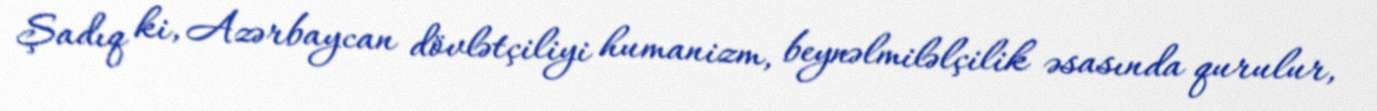
Şadıq ki, Azərbaycan dövlətçiliyi humanizm, beynəlmiləlçilik əsasında qurulur,